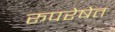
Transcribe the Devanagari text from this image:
रूपरेषेत